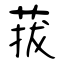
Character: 菝